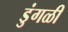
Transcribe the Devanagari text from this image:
डुंगळी